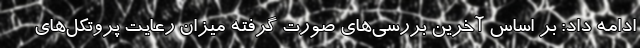
ادامه داد: بر اساس آخرین بررسی‌های صورت گرفته میزان رعایت پروتکل‌های